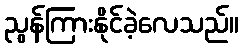
ညွန်ကြားနိုင်ခဲ့လေသည်။